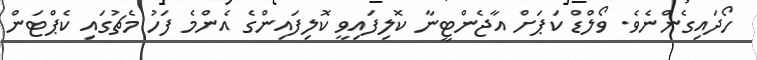
ހޯދައިގެންނެވެ. ވޯލްޑް ކަޕަށް އާޖެންޓީނާ ކޮލިފައިވީ ކޮލިފައިންގެ އެންމެ ފަހު މެޗުގައި ކެޕްޓަން